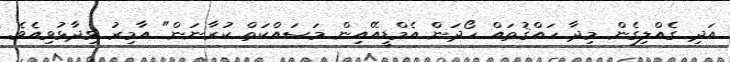
އަދި ގެއްލިގެން މިދާ ހައްޤުތައް ހޯދަން އެމްޑީއޭއިން މަސައްކަތް ކުރާނަން" އާމިރު ވިދާޅުވިއެވެ.